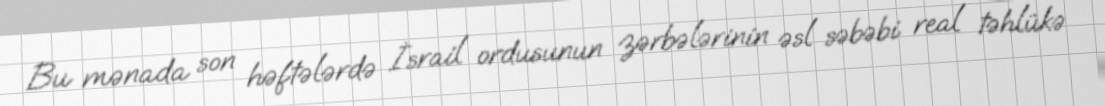
Bu mənada son həftələrdə İsrail ordusunun zərbələrinin əsl səbəbi real təhlükə